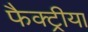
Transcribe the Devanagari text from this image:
फैक्ट्रीया